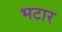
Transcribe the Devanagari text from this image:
भटार